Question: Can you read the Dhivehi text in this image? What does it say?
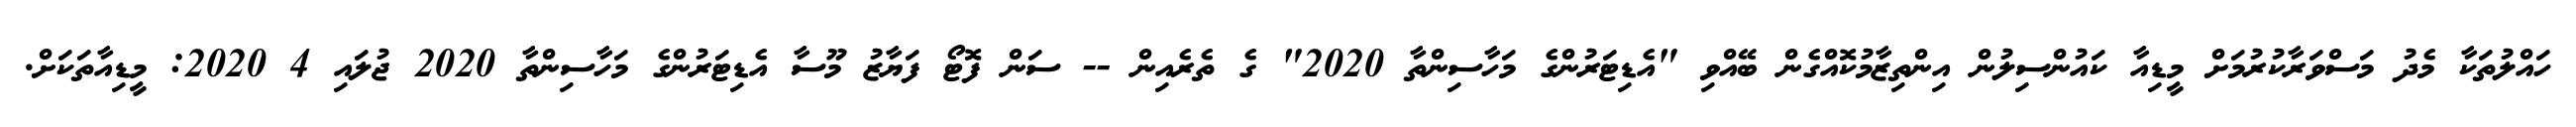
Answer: ހައްލުތަކާ މެދު މަސްވަރާކުރުމަށް މީޑިއާ ކައުންސިލުން އިންތިޒާމުކޮއްގެން ބޭއްވި "އެޑިޓަރުންގެ މަހާސިންތާ 2020" ގެ ތެރެއިން -- ސަން ފޮޓޯ ފަޔާޒު މޫސާ އެޑިޓަރުންގެ މަހާސިންތާ 2020 ޖުލައި 4 2020: މީޑިއާތަކަށް.